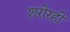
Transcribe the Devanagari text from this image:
शरीरही